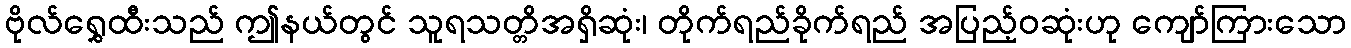
ဗိုလ်ရွှေထီးသည် ဤနယ်တွင် သူရသတ္တိအရှိဆုံး၊ တိုက်ရည်ခိုက်ရည် အပြည့်ဝဆုံးဟု ကျော်ကြားသော